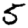
Digit: 5